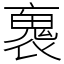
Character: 褢